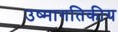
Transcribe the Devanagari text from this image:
उष्मागतिकीय